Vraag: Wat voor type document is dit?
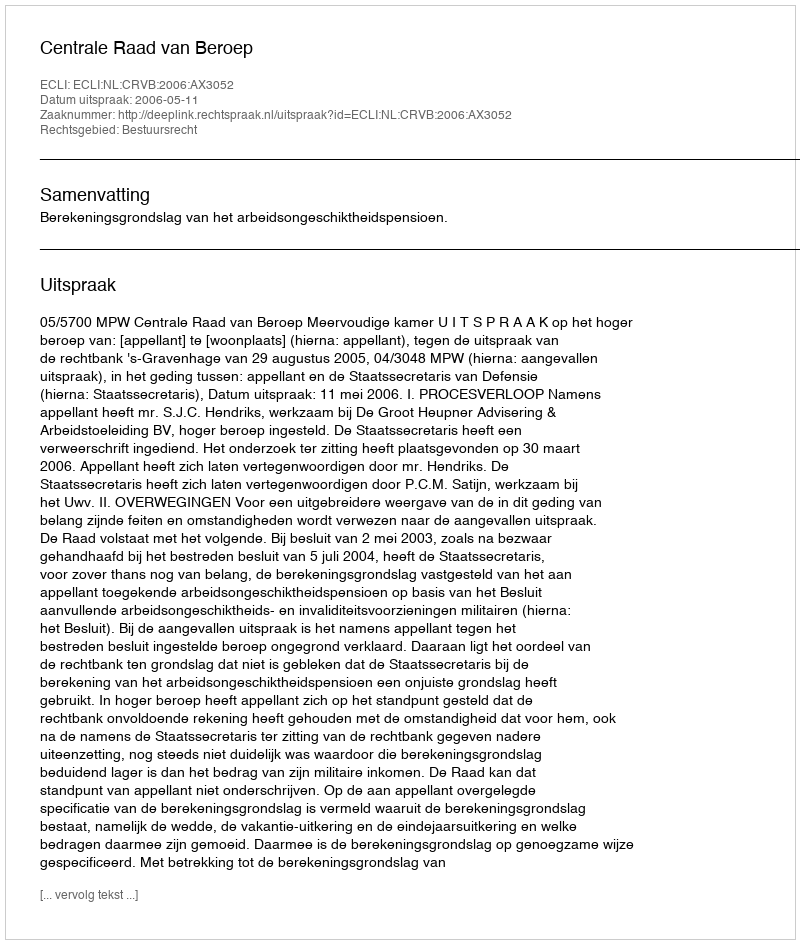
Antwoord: Uitspraak